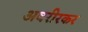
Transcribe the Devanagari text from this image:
अवरीरकर